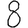
Digit: 8